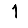
Digit: 1